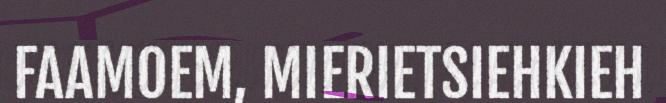
FAAMOEM, MIERIETSIEHKIEH